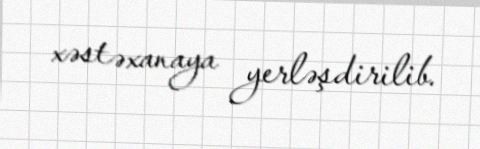
xəstəxanaya yerləşdirilib.